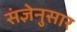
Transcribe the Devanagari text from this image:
संज्ञेनुसार